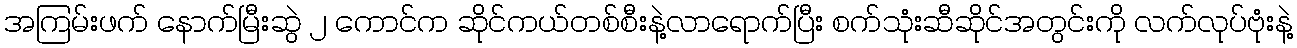
အကြမ်းဖက် နောက်မြီးဆွဲ ၂ ကောင်က ဆိုင်ကယ်တစ်စီးနဲ့လာရောက်ပြီး စက်သုံးဆီဆိုင်အတွင်းကို လက်လုပ်ဗုံးနဲ့